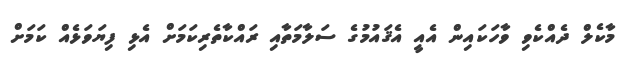
މާކެލް ދެއްކެވި ވާހަކައިން އެއީ އެޤައުމުގެ ސަލާމަތާއި ރައްކާތެރިކަމަށް އެޅި ފިޔަވަޅެއް ކަމަށް